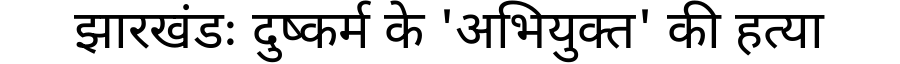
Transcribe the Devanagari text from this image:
झारखंडः दुष्कर्म के 'अभियुक्त' की हत्या